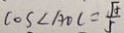
\cos \angle A O C = \frac { \sqrt { \alpha } } { 5 }